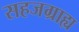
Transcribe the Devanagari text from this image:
सहजग्राह्य